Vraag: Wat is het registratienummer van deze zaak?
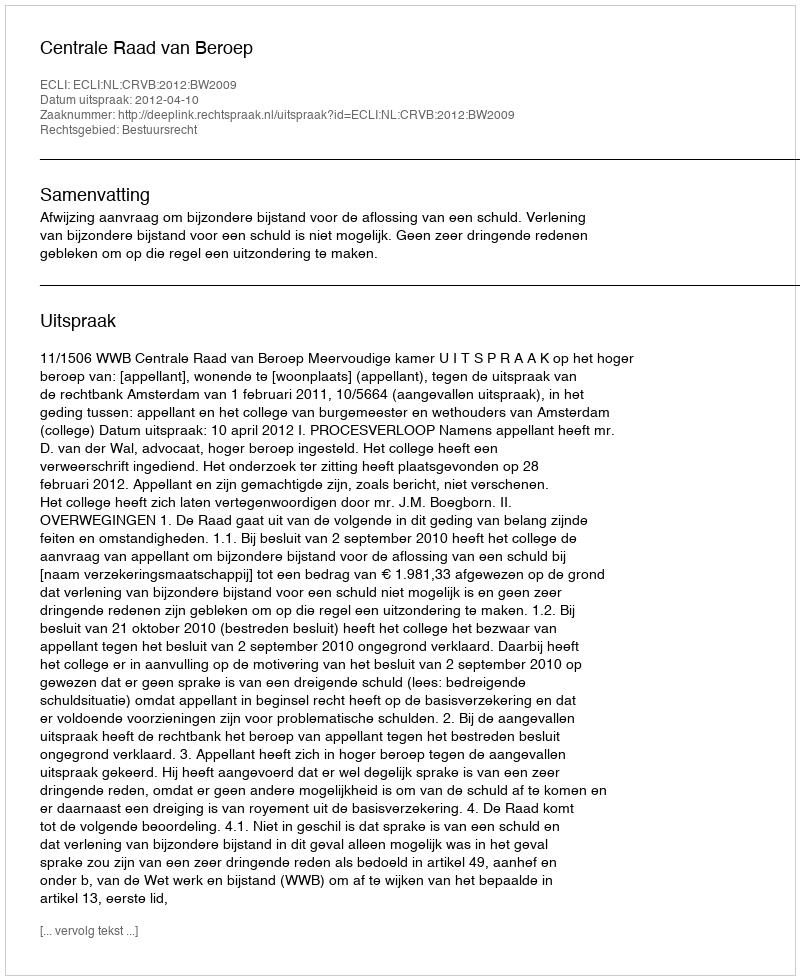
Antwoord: http://deeplink.rechtspraak.nl/uitspraak?id=ECLI:NL:CRVB:2012:BW2009